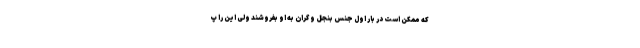
که ممکن است در بار اول جنس بنجل و گران به او بفروشند ولی این را پ